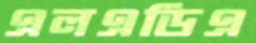
এলএডিএ